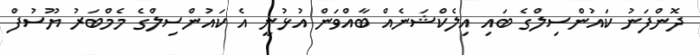
ދޮންފަނު ކައުންސިލްގެ ބައި އިލެކްޝަނެއް ބާއްވަން އުޅުނީ އެ ކައުންސިލްގެ މެމްބަރު ޔޫސުފް